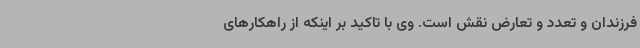
فرزندان و تعدد و تعارض نقش است. وی با تاکید بر اینکه از راهکارهای